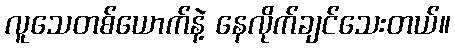
လူသေတစ်ယောက်နဲ့ နေလိုက်ချင်သေးတယ်။